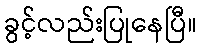
ခွင့်လည်းပြုနေပြီ။